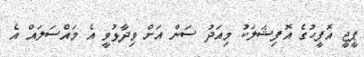
ޕީޖީ އޮފީހުގެ އޮފިޝަލަކު މިއަދު ސަން އަށް ވިދާޅުވީ އެ މައްސަލައް އެ